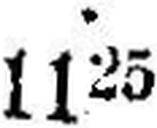
1125